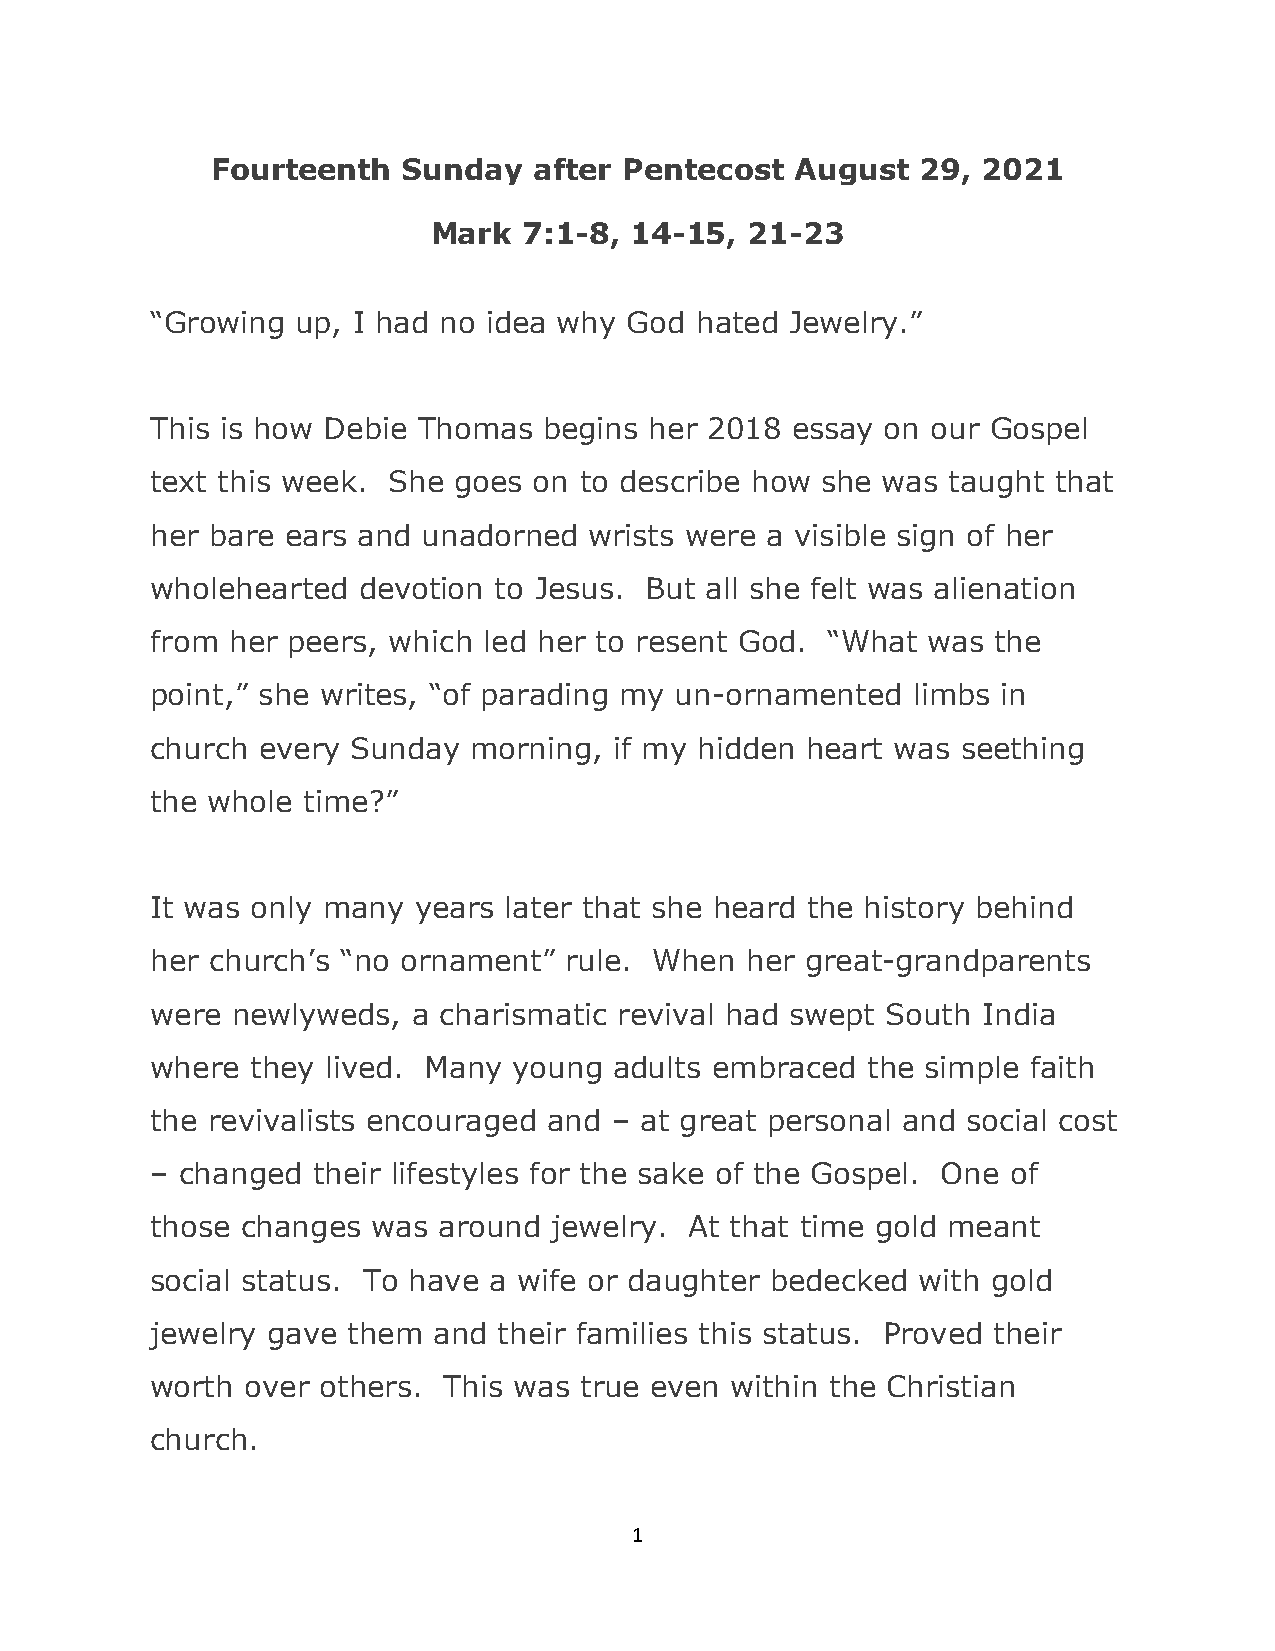
Fourteenth   Sunday  after Pentecost   August  29, 2021
 Mark  7:1-8, 14-15,  21-23
 “Growing  up, I had no idea why God hated Jewelry.”
 This is how Debie Thomas  begins her 2018 essay  on our Gospel
 text this week. She goes on to describe how she was  taught that
 her bare ears and unadorned  wrists were a visible sign of her
 wholehearted  devotion to Jesus. But all she felt was alienation
 from her peers, which led her to resent God. “What was  the
 point,” she writes, “of parading my un-ornamented limbs in
 church every Sunday  morning,  if my hidden heart was seething
 the whole time?”
 It was only many years later that she heard the history behind
 her church’s “no ornament” rule. When  her great-grandparents
 were newlyweds,  a charismatic revival had swept South India
 where  they lived. Many young  adults embraced the simple faith
 the revivalists encouraged and – at great personal and social cost
 – changed  their lifestyles for the sake of the Gospel. One of
 those changes  was around  jewelry. At that time gold meant
 social status. To have a wife or daughter bedecked with gold
 jewelry gave them  and their families this status. Proved their
 worth over others. This was true even within the Christian
 church.
 1